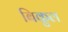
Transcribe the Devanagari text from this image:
बिकुल